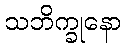
သဘိက္ခုနော